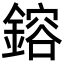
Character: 鎔